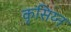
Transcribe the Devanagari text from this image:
कृसिय्न